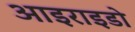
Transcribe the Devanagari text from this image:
आइराइडो